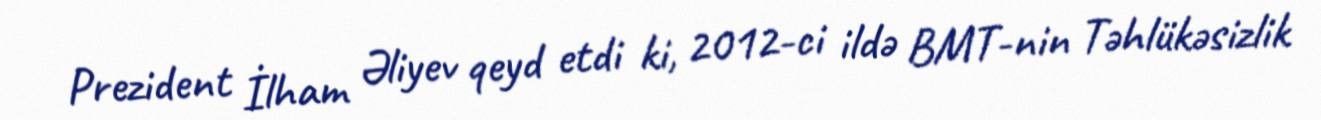
Prezident İlham Əliyev qeyd etdi ki, 2012-ci ildə BMT-nin Təhlükəsizlik